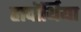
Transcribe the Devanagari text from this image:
हावॉर्थिया